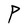
Character: P